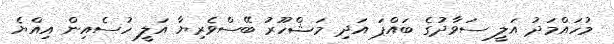
މުހައްމަދު އަލީ ސަވާދުގެ ބައްޕަ އަދި މަޝްހޫރު ބޭސްވެރިޔާ އަލީ ހުސެއިން އިއްޔެ